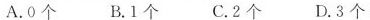
A. 0个 B. 1个 C. 2个 D. 3个